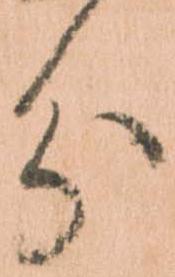
分